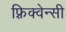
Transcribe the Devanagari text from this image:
फ़्रिक्वेन्सी